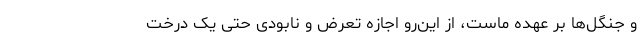
و جنگل‌ها بر عهده ماست، از این‌رو اجازه تعرض و نابودی حتی یک درخت